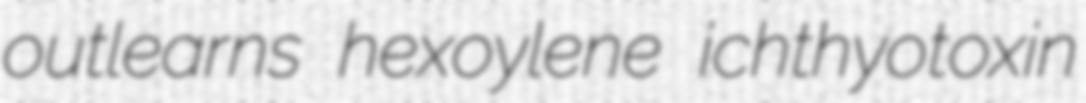
outlearns hexoylene ichthyotoxin